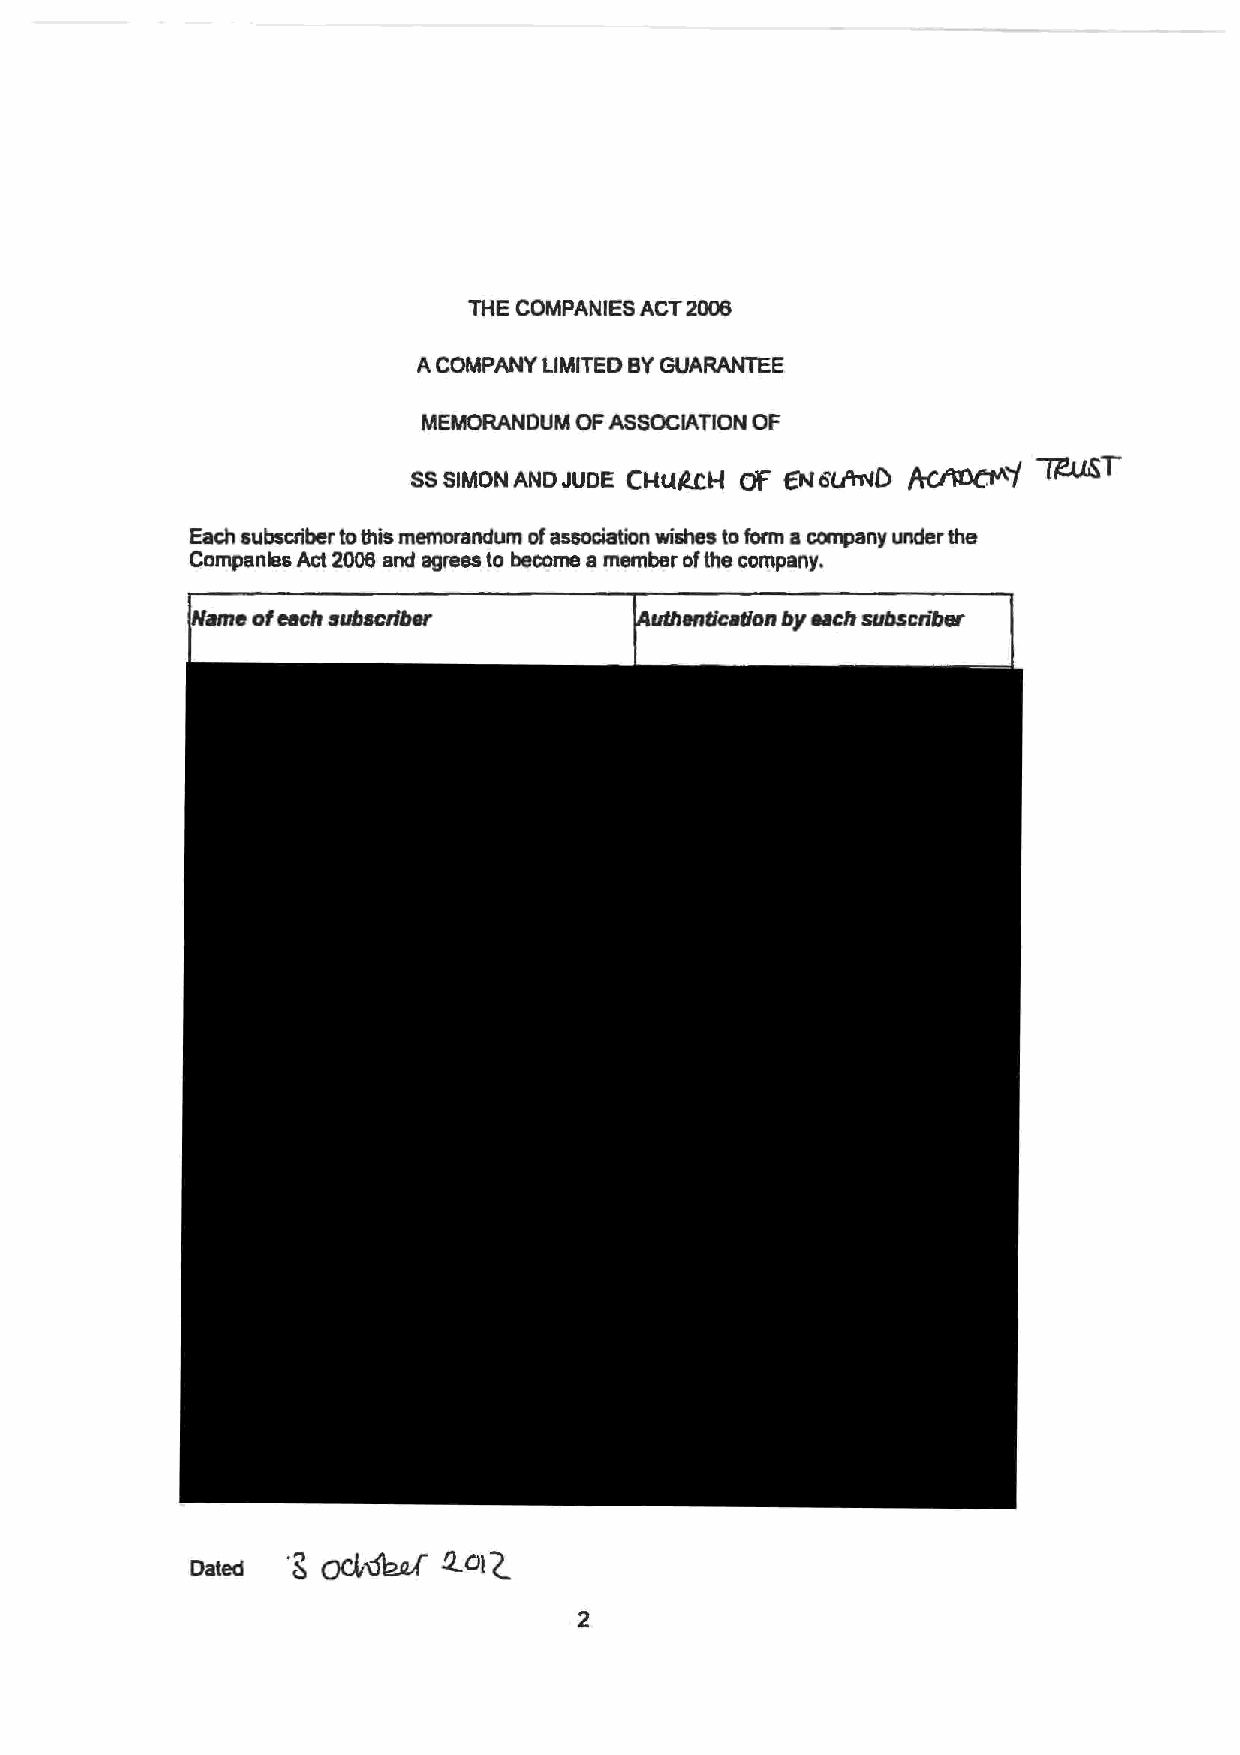
THE COMPANIES ACT 2006
 A COMPANY LIMITED BY GUARANTEE
 MEMORANDUM OF ASSOCIATION OF
 SS SIMON AND JUDE Ct-tUtcH Cif f'N 6tfh'.ID /tCftll(:tA'/ ~T
 Each subscriber to this memorandum of association wishes to form a company under the
 Companies Act 2006 and agrees to become a member of the company.
 of each subscriber
 Dated .g Qd\"fu.af fl. 01 '2_
 2